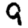
Digit: 9